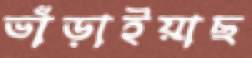
ভাঁড়াইয়াছ